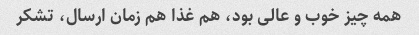
همه چیز خوب و عالی بود، هم غذا هم زمان ارسال، تشکر